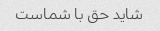
شاید حق با شماست